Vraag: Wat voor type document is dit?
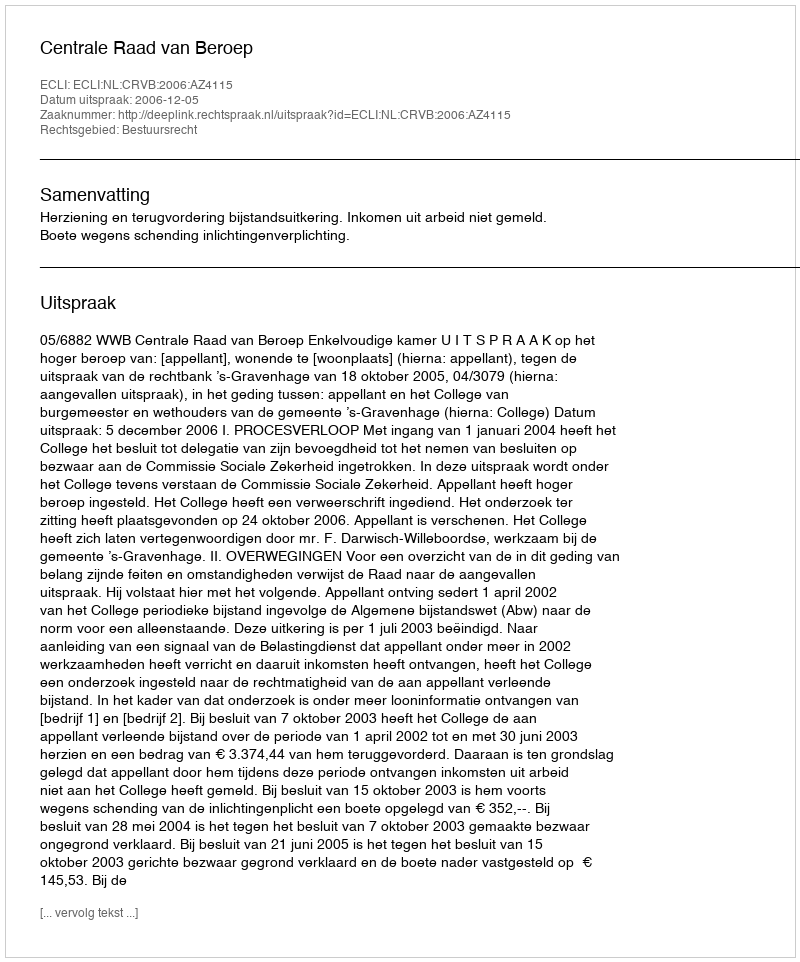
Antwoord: Uitspraak